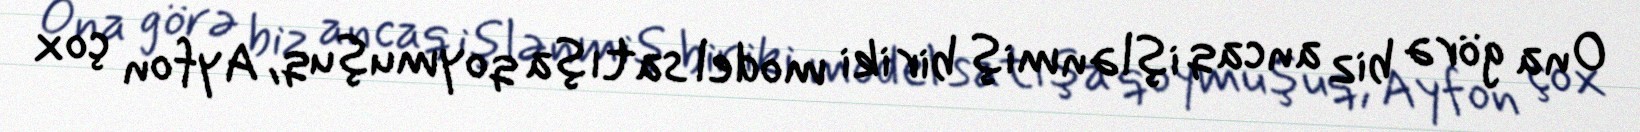
Ona görə biz ancaq işlənmiş bir iki model satışa qoymuşuq, Ayfon çox